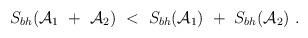
LaTeX: \begin{align*}S_{bh}({\cal A}_1~+~{\cal A}_2)~<~S_{bh}({\cal A}_1)~+~S_{bh}({\cal A}_2)~.\end{align*}